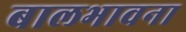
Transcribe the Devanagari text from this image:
बालभावना